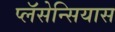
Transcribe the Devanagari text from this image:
प्लॅसेन्सियास